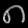
Digit: ၈